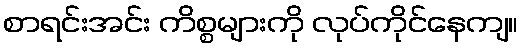
စာရင်းအင်း ကိစ္စများကို လုပ်ကိုင်နေကျ။